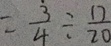
= \frac { 3 } { 4 } \div \frac { 1 2 } { 2 0 }